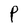
Character: P